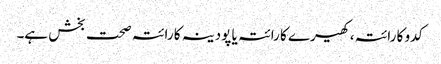
کدو کا رائتہ، کھیرے کا رائتہ یا پودینہ کا رائتہ صحت بخش ہے۔